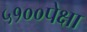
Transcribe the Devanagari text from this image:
५१००पेक्षा